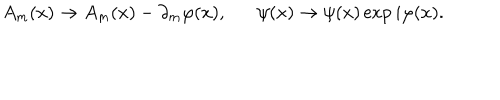
A _ { m } ( x ) \rightarrow { A _ { m } ( x ) - \partial _ { m } \varphi ( x ) } , \psi ( x ) \rightarrow \psi ( x ) \exp { i \varphi ( x ) } .